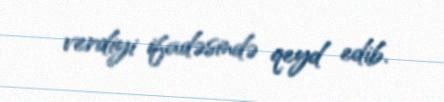
verdiyi ifadəsində qeyd edib.